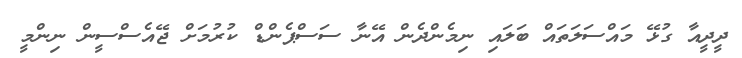
ދީދީއާ ގުޅޭ މައްސަލަތައް ބަލައި ނިމެންދެން އޭނާ ސަސްޕެންޑް ކުރުމަށް ޖޭއެސްސީން ނިންމީ